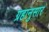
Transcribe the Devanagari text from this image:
ग्रहानुसार